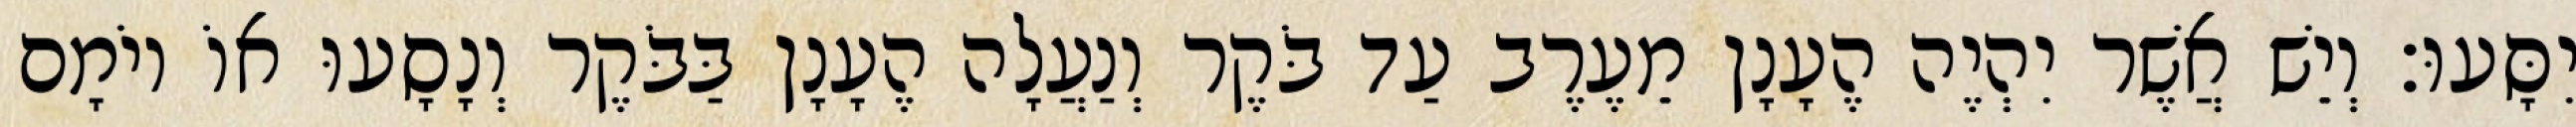
יִסָּעוּ׃ וְיֵשׁ אֲשֶׁר יִהְיֶה הֶעָנָן מֵעֶרֶב עַד בֹּקֶר וְנַעֲלָה הֶעָנָן בַּבֹּקֶר וְנָסָעוּ אוֹ יוֹמָם